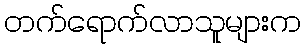
တက်ရောက်လာသူများက